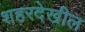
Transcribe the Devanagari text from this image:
शहरदेखील